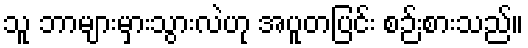
သူ ဘာများမှားသွားလဲဟု အပူတပြင်း စဉ်းစားသည်။